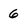
Character: 6